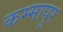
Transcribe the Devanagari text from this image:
कम्मापुर